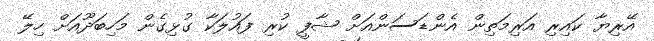
އޭރިޔާ ކައިރި އަރިމަތިން އެންޑަސަންއަށް ޝާފީ ކުރި ފައުލަކާ ގުޅިގެން މަހިބަދޫއަށް ހިލޭ